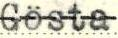
Gösta